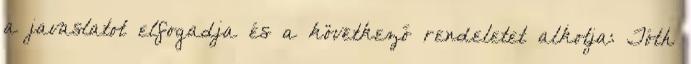
a javaslatot elfogadja és a következő rendeletet alkotja: Tóth